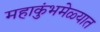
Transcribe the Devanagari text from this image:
महाकुंभमेळ्यात